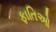
ફાતિઓ